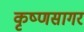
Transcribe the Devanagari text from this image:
कृष्णसागर